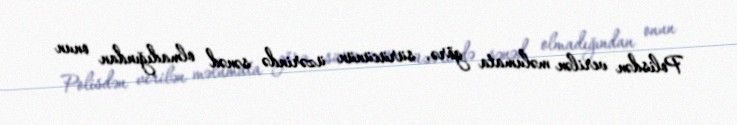
Polisdən verilən məlumata görə, sürücünün üzərində sənəd olmadığından onun